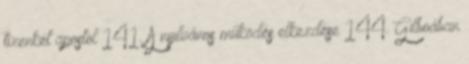
tizenkét apostol 141. A nyilvános működés elkezdése 144. Gilboában